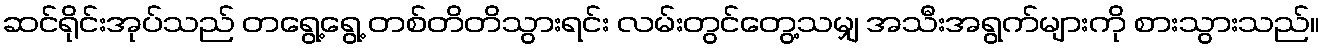
ဆင်ရိုင်းအုပ်သည် တရွေ့ရွေ့ တစ်တိတိသွားရင်း လမ်းတွင်တွေ့သမျှ အသီးအရွက်များကို စားသွားသည်။